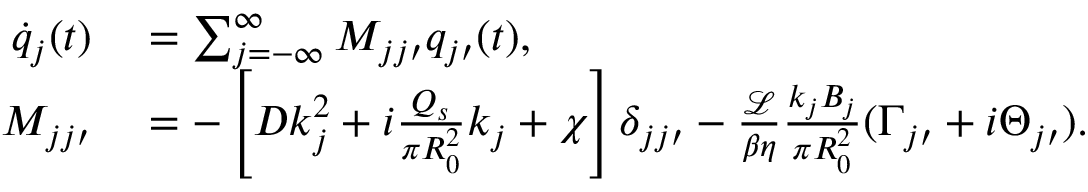
\begin{array} { r l } { \dot { q } _ { j } ( t ) } & { { } = \sum _ { j = - \infty } ^ { \infty } M _ { j j \prime } q _ { j \prime } ( t ) , } \\ { M _ { j j \prime } } & { { } = - \left[ D k _ { j } ^ { 2 } + i \frac { Q _ { s } } { \pi R _ { 0 } ^ { 2 } } k _ { j } + \chi \right] \delta _ { j j \prime } - \frac { \mathcal { L } } { \beta \eta } \frac { k _ { j } B _ { j } } { \pi R _ { 0 } ^ { 2 } } ( \Gamma _ { j \prime } + i \Theta _ { j \prime } ) . } \end{array}